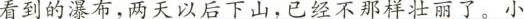
看到的瀑布，两天以后下山，已经不那样壮丽了。小